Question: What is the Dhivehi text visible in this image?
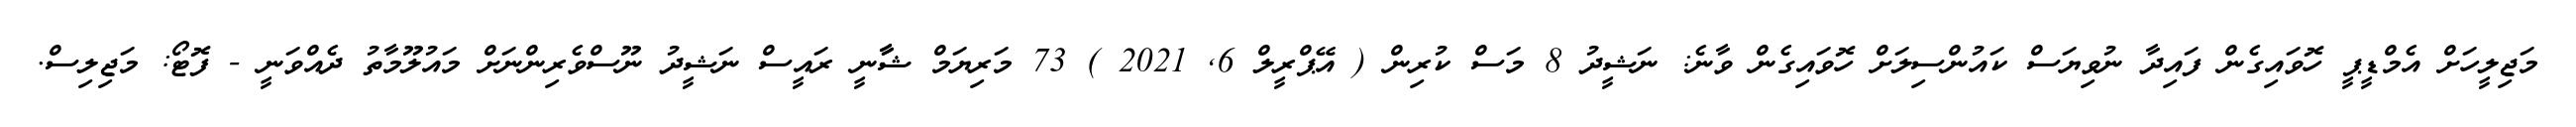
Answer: މަޖިލީހަށް އެމްޑީޕީ ހޮވައިގެން ފައިދާ ނުވިޔަސް ކައުންސިލަށް ހޮވައިގެން ވާނެ: ނަޝީދު 8 މަސް ކުރިން ( އޭޕްރީލް 6, 2021 ) 73 މަރިޔަމް ޝާާނީ ރައީސް ނަޝީދު ނޫސްވެރިންނަށް މައުލޫމާތު ދެއްވަނީ - ފޮޓޯ: މަޖިލިސް.